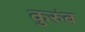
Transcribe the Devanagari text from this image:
कुरुंब